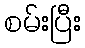
စမ်းပြီး